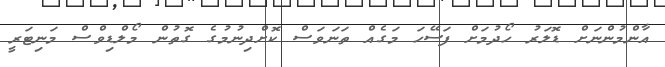
އާންމުންނަށް ޑޮލަރު ހޯދުމަށް ފަސޭހަ މަގެއް ތަނަވަސް ކޮށްދިނުމުގެ ގޮތުން މޯލްޑިވްސް މަނިޓަރީ